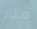
قدر